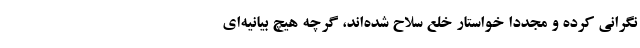
نگرانی کرده و مجدداً خواستار خلع سلاح شده‌اند، گرچه هیچ بیانیه‌ای